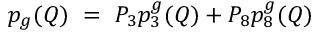
p _ { g } ( Q ) \ = \ P _ { 3 } p _ { 3 } ^ { g } ( Q ) + P _ { 8 } p _ { 8 } ^ { g } ( Q )